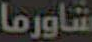
شاورما